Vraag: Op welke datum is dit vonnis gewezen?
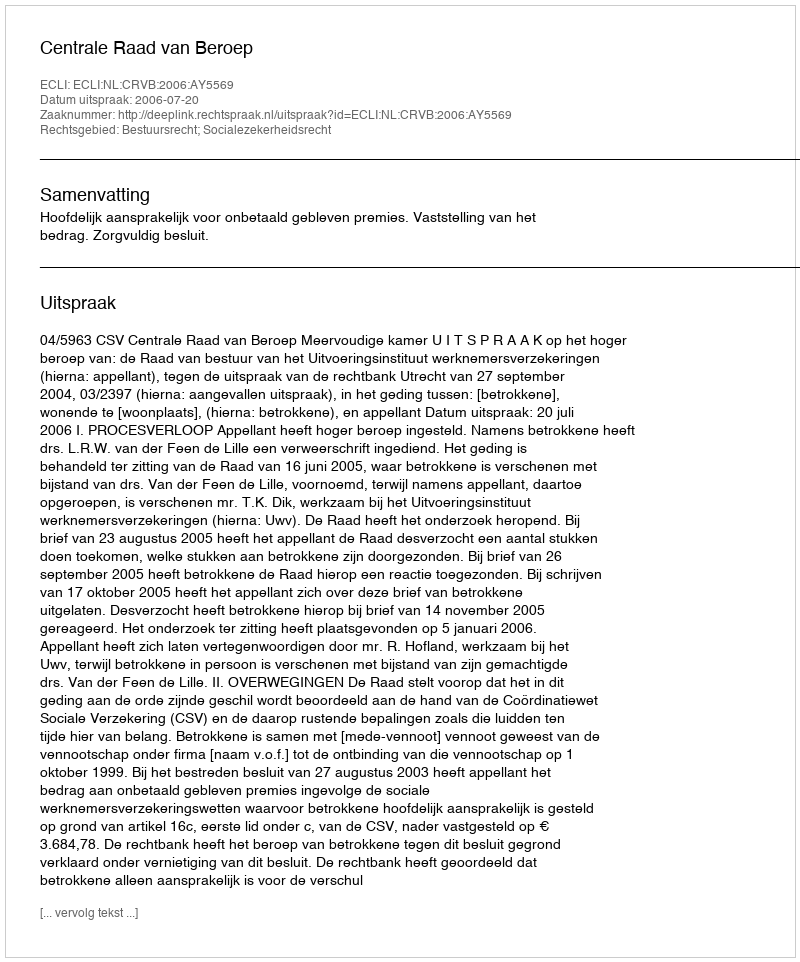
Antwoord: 2006-07-20